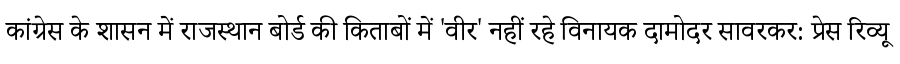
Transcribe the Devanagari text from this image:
कांग्रेस के शासन में राजस्थान बोर्ड की किताबों में 'वीर' नहीं रहे विनायक दामोदर सावरकर: प्रेस रिव्यू